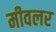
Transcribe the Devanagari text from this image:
मीवलर